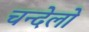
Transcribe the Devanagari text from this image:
चन्देलो